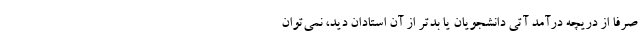
صرفا از دریچه درآمد آتی دانشجویان یا بدتر از آن استادان دید، نمی‌توان